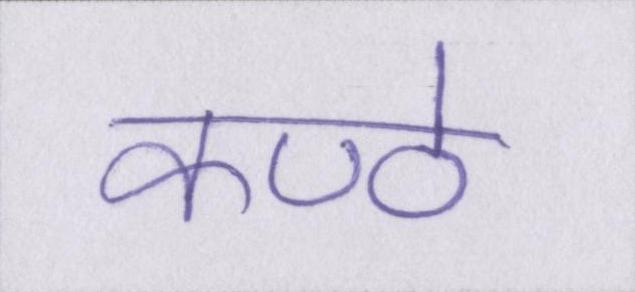
कण्ठे